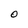
Character: O